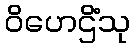
ဝိဟေဌိံသု